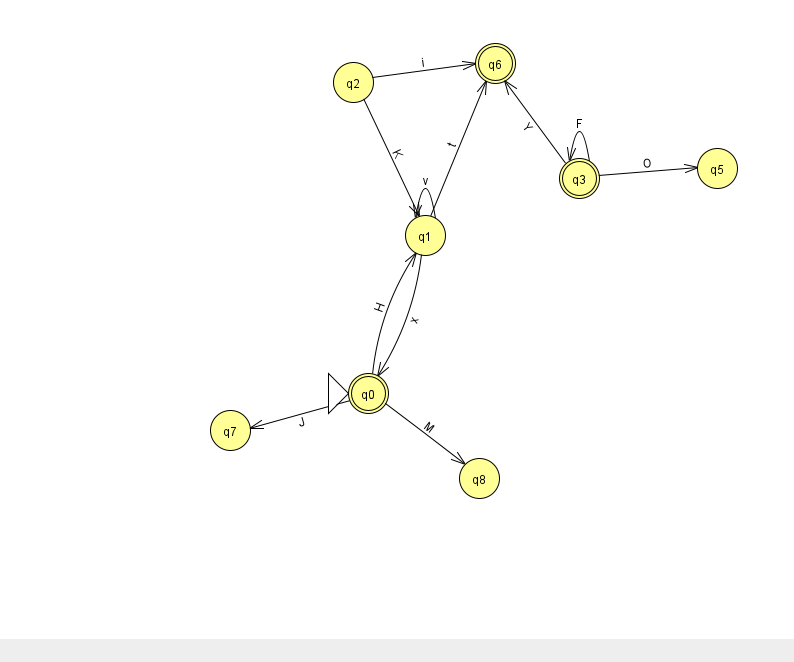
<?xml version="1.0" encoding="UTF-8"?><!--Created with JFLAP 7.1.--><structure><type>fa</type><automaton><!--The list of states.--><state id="0" name="q0"><x>368.0</x><y>380.0</y><initial/><final/></state><state id="1" name="q1"><x>425.0</x><y>222.0</y></state><state id="2" name="q2"><x>353.0</x><y>69.0</y></state><state id="3" name="q3"><x>579.0</x><y>165.0</y><final/></state><state id="5" name="q5"><x>717.0</x><y>155.0</y></state><state id="6" name="q6"><x>495.0</x><y>50.0</y><final/></state><state id="7" name="q7"><x>230.0</x><y>417.0</y></state><state id="8" name="q8"><x>479.0</x><y>465.0</y></state><!--The list of transitions.--><transition><from>0</from><to>7</to><read>J</read></transition><transition><from>3</from><to>6</to><read>Y</read></transition><transition><from>1</from><to>6</to><read>t</read></transition><transition><from>0</from><to>1</to><read>H</read></transition><transition><from>1</from><to>0</to><read>x</read></transition><transition><from>1</from><to>1</to><read>v</read></transition><transition><from>3</from><to>3</to><read>F</read></transition><transition><from>2</from><to>1</to><read>K</read></transition><transition><from>0</from><to>8</to><read>M</read></transition><transition><from>2</from><to>6</to><read>i</read></transition><transition><from>3</from><to>5</to><read>O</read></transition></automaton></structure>